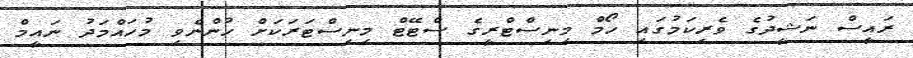
ރައީސް ނަޝީދުގެ ވެރިކަމުގައި ހޯމް މިނިސްޓްރީގެ ސްޓޭޓް މިނިސްޓަރަކަށް ހުންނެވި މުހައްމަދު ނައީމް